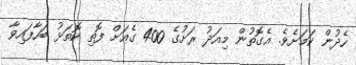
ހެދުން ކަމަށެވެ. އެގޮތުން މިއަދު ރަށުގެ 400 ގެއަށް ފޮތި ކޮތަޅު ބަހާފައިވާ